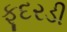
ફૂદરડી